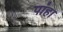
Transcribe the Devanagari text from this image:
पांहा